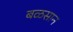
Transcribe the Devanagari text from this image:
बळसान